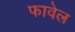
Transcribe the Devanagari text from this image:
फावेल